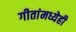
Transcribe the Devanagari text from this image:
गीतांमध्येही